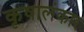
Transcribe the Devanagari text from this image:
कृषालंकार